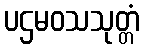
ပဌမဝသသုတ္တံ